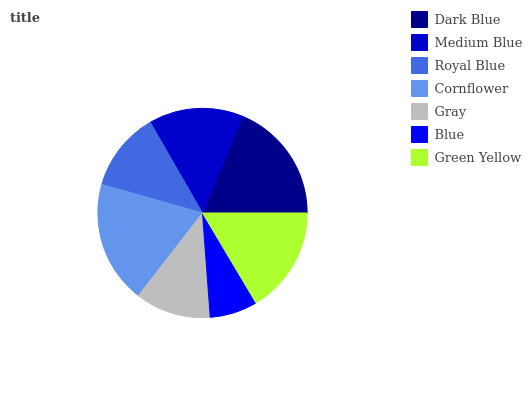
| Dark Blue | Medium Blue | Royal Blue | Cornflower | Gray | Blue | Green Yellow |
 | --- | --- | --- | --- | --- | --- | --- |
 | 18.6% | 14.6% | 12.3% | 19% | 11.7% | 7.36% | 16.4% |